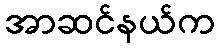
အာဆင်နယ်က